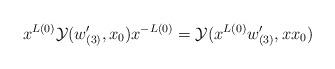
LaTeX: \begin{align*}x^{L(0)}{\cal Y}(w'_{(3)}, x_{0})x^{-L(0)}={\cal Y}(x^{L(0)}w'_{(3)}, xx_{0})\end{align*}